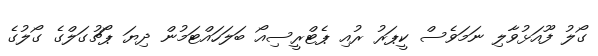
ގޯލު ފޫއަޅުވާލި ނަމަވެސް ކީޕަރު ރުއި ޕެޓްރީސިއޯ ބަލަހައްޓަމުން ދިޔަ ޕޯޗުގަލްގެ ގޯލުގެ